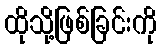
ထိုသို့ဖြစ်ခြင်းကို